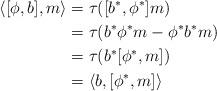
LaTeX: \begin{align*}\langle[\phi,b],m\rangle &= \tau([b^*,\phi^*]m) \\ &= \tau(b^*\phi^*m-\phi^*b^*m) \\ &= \tau(b^*[\phi^*,m]) \\ &= \langle b,[\phi^*,m]\rangle\end{align*}